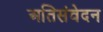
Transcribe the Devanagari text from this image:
अतिसंवेदन